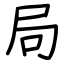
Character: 局